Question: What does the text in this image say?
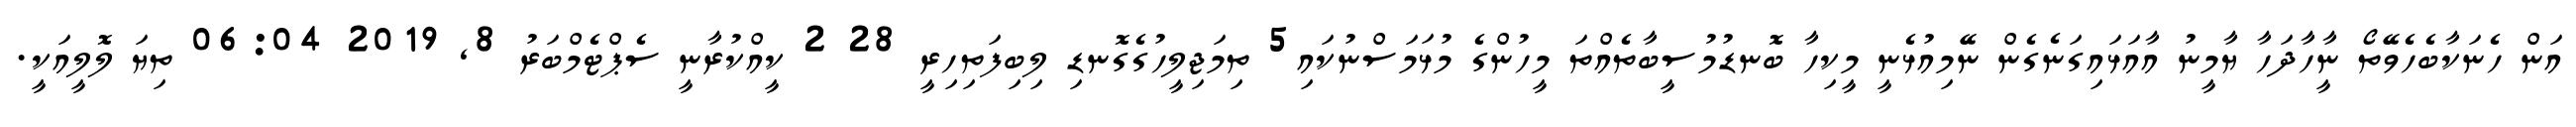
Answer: އަން ހެނަކާބެހެވޭތޯ ނީާހާދަހާ ޔާމީނު އާއަޅައިގަނެގެން ނޭމިއުޅެނީ މީކިހާ ބޮނޑުމުސީބާތެއްތަ މީހުންގެ މުޅަމަސްނުކައި5 ތިމަޖިލީހުގެގޮނޑި ލިބިފަތިހިރީ 28 2 ކީއްކުރާނީ ސެޕްޓެމްބަރު 8, 2019 06:04 ތިޔަ ލޮލީއަކީ.